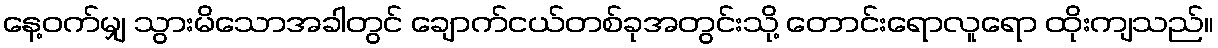
နေ့ဝက်မျှ သွားမိသောအခါတွင် ချောက်ငယ်တစ်ခုအတွင်းသို့ တောင်းရောလူရော ထိုးကျသည်။